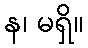
န၊ မရှိ။